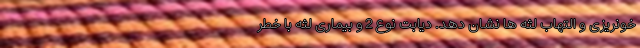
خونریزی و التهاب لثه ها نشان دهد. دیابت نوع 2 و بیماری لثه با خطر